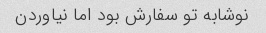
نوشابه تو سفارش بود اما نیاوردن